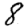
Digit: 8